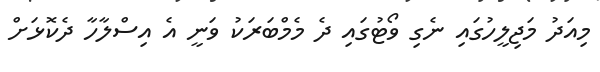
މިއަދު މަޖިލީހުގައި ނެގި ވޯޓުގައި ދެ މެމްބަރަކު ވަނީ އެ އިސްލާހާ ދެކޮޅަށް